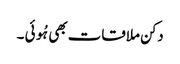
دکن ملاقات بھی ہُوئی ۔